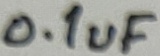
Text: 0.1uF